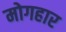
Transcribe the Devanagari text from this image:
मोगहार